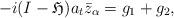
LaTeX: \begin{align*}-i(I-\mathfrak{H})a_t\bar{z}_{\alpha}=g_1+g_2,\end{align*}